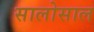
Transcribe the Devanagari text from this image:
सालोसाल